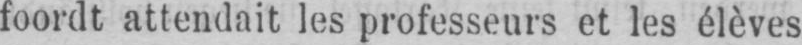
foordt attendait les professeurs et les élèves